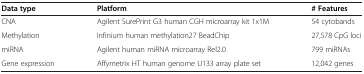
<table><thead><tr><td><b>Data type</b></td><td><b>Platform</b></td><td><b># Features</b></td></tr></thead><tbody><tr><td>CNA</td><td>Agilent SurePrint G3 human CGH microarray kit 1x1M</td><td>54 cytobands</td></tr><tr><td>Methylation</td><td>Infinium human methylation27 BeadChip</td><td>27,578 CpG loci</td></tr><tr><td>miRNA</td><td>Agilent human miRNA microarray Rel2.0</td><td>799 miRNAs</td></tr><tr><td>Gene expression</td><td>Affymetrix HT human genome U133 array plate set</td><td>12,042 genes</td></tr></tbody></table>